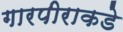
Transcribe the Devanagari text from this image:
गारपीराकडे